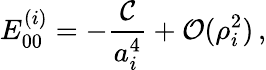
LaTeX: E_{00}^{(i)}=-\frac{{\cal C}}{a_{i}^{4}}+{\cal O}(\rho_{i}^{2})\, ,